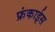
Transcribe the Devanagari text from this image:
फ्रंकाईस